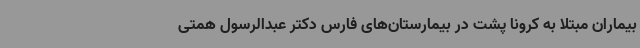
بیماران مبتلا به کرونا پشت در بیمارستان‌های فارس دکتر عبدالرسول همتی